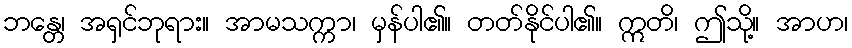
ဘန္တေ၊ အရှင်ဘုရား။ အာမသက္ကာ၊ မှန်ပါ၏။ တတ်နိုင်ပါ၏။ ဣတိ၊ ဤသို့။ အာဟ၊